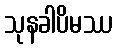
သုနခါပိမဿ